Civil Veterinary Dept. Bombay admin report 1893-99 - 1893-1899
Year: 1893
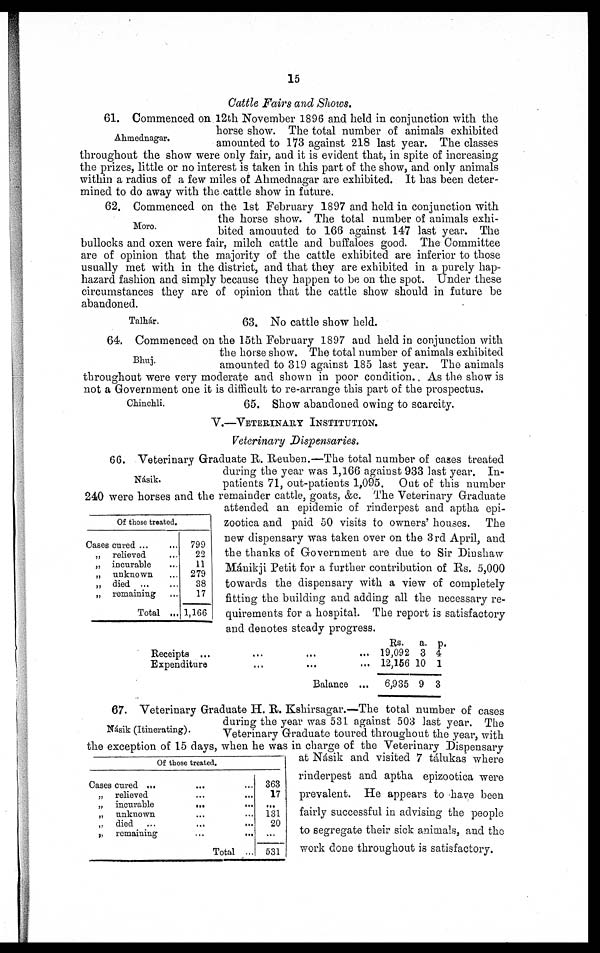
15
Cattle Fairs and Shows.
Ahmednagar.
61. Commenced on 12th November 1896 and held in conjunction with the
horse show. The total number of animals exhibited
amounted to 173 against 218 last year. The classes
throughout the show were only fair, and it is evident that, in spite of increasing
the prizes, little or no interest is taken in this part of the show, and only animals
within a radius of a few miles of Ahmednagar are exhibited. It has been deter-
mined to do away with the cattle show in future.
Moro.
62. Commenced on the. 1st February 1897 and held in conjunction with
the horse show. The total number of animals exhi-
bited amounted to 166 against 147 last year. The
bullocks and oxen were fair, milch cattle and buffaloes good. The Committee
are of opinion that the majority of the cattle exhibited are inferior to those
usually met with in the district, and that they are exhibited in a purely hap-
hazard fashion and simply because they happen to be on the spot. Under these
circumstances they are of opinion that the cattle show should in future be
abandoned.
Talhár.
63. No cattle show held.
Bhuj.
64. Commenced on the 15th February 1897 and held in conjunction with
the horse show. The total number of animals exhibited
amounted to 319 against 185 last year. The animals
throughout were very moderate and shown in poor condition. As the show is
not a Government one it is difficult to re-arrange this part of the prospectus.
Chinchli.
65. Show abandoned owing to scarcity.
V.—VETERINARY INSTITUTION.
Veterinary Dispensaries.
Násik.
Of those treated.
Cases cured ... ...
„ relieved ...
„ incurable ...
„ unknown ...
„ died ... ...
„ remaining ...
Total ...
799
22
11
279
38
17
1,166
66. Veterinary Graduate R. Reuben.—The total number of cases treated
during the year was 1,166 against 933 last year. In-
patients 71, out-patients 1,095. Out of this number
240 were horses and the remainder cattle, goats, &c. The Veterinary Graduate
attended an epidemic of rinderpest and aptha epi-
zootica and paid 50 visits to owners' houses. The
new dispensary was taken over on the 3rd April, and
the thanks of Government are due to Sir Dinshaw
Mánikji Petit for a further contribution of Rs. 5,000
towards the dispensary with a view of completely
fitting the building and adding all the necessary re-
quirements for a hospital. The report is satisfactory
and denotes steady progress.
Receipts ...
...
...
...
Expenditure
... ... ...
Balance ...
Rs.
19,092
12,156
6,935
a.
3
10
9
p.
4
1
3
Násik (Itinerating).
67. Veterinary Graduate H. R. Kshirsagar.—The total number of cases
during the year was 531 against 503 last year. The
Veterinary Graduate toured throughout the year, with
the exception of 15 days, when he was in charge of the Veterinary Dispensary
at Násik and visited 7 tálukas where
rinderpest and aptha epizootica were
prevalent. He appears to have been
fairly successful in advising the people
to segregate their sick animals, and the
work done throughout is satisfactory.
Of those treated.
Cases cured ... ... ...
„ relieved...
...
„ incurable
...
...
„ unknown...
...
„ died
...
...
...
„ remaining
...
...
Total ...
363
17
...
131
20
...
531